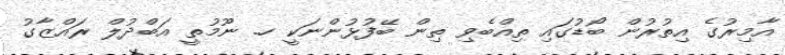
އާމިރުގެ އިތުރުން ބޯޑުގައި ތިއްބެވި ތިން ބޭފުޅުންނަކީ ހ. ނޫމުތީ އަބްދުލް ރައްޒާގު